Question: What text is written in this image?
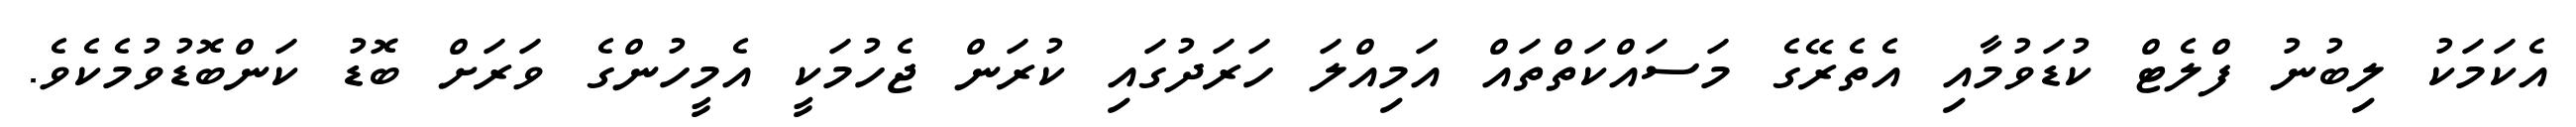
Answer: އެކަމަކު ލިބުނު ފްލެޓް ކުޑަވުމާއި އެތެރޭގެ މަސައްކަތްތައް އަމިއްލަ ހަރަދުގައި ކުރަން ޖެހުމަކީ އެމީހުންގެ ވަރަށް ބޮޑު ކަންބޮޑުވުމެކެވެ.